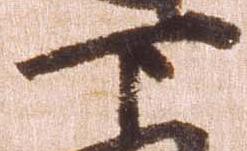
下